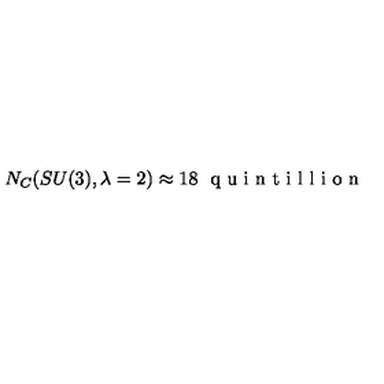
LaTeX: N _ { C } ( S U ( 3 ) , \lambda = 2 ) \approx 1 8 \ \textrm { q u i n t i l l i o n }